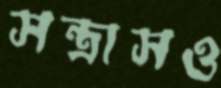
সন্ত্রাসও